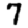
Digit: 7